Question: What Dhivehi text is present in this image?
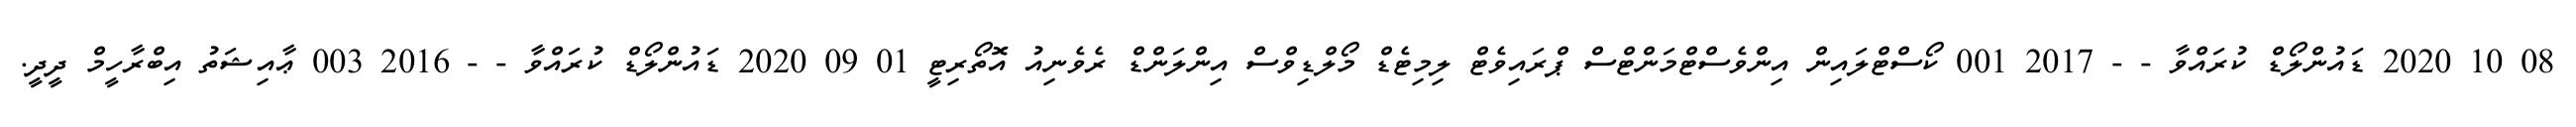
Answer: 08 10 2020 ޑައުންލޯޑް ކުރައްވާ - - 2017 001 ކޯސްޓްލައިން އިންވެސްޓްމަންޓްސް ޕްރައިވެޓް ލިމިޓެޑް މޯލްޑިވްސް އިންލަންޑް ރެވެނިއު އޮތޯރިޓީ 01 09 2020 ޑައުންލޯޑް ކުރައްވާ - - 2016 003 ޢާއިޝަތު އިބްރާހީމް ދީދީ.